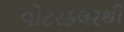
વોટરકલરથી